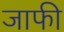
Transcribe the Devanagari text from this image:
जाफी